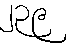
၂၃၉